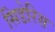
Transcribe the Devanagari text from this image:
सिडेरिस